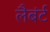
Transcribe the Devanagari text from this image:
लैबंर्ट